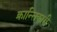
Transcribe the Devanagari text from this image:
क्रान्‍तिकारी